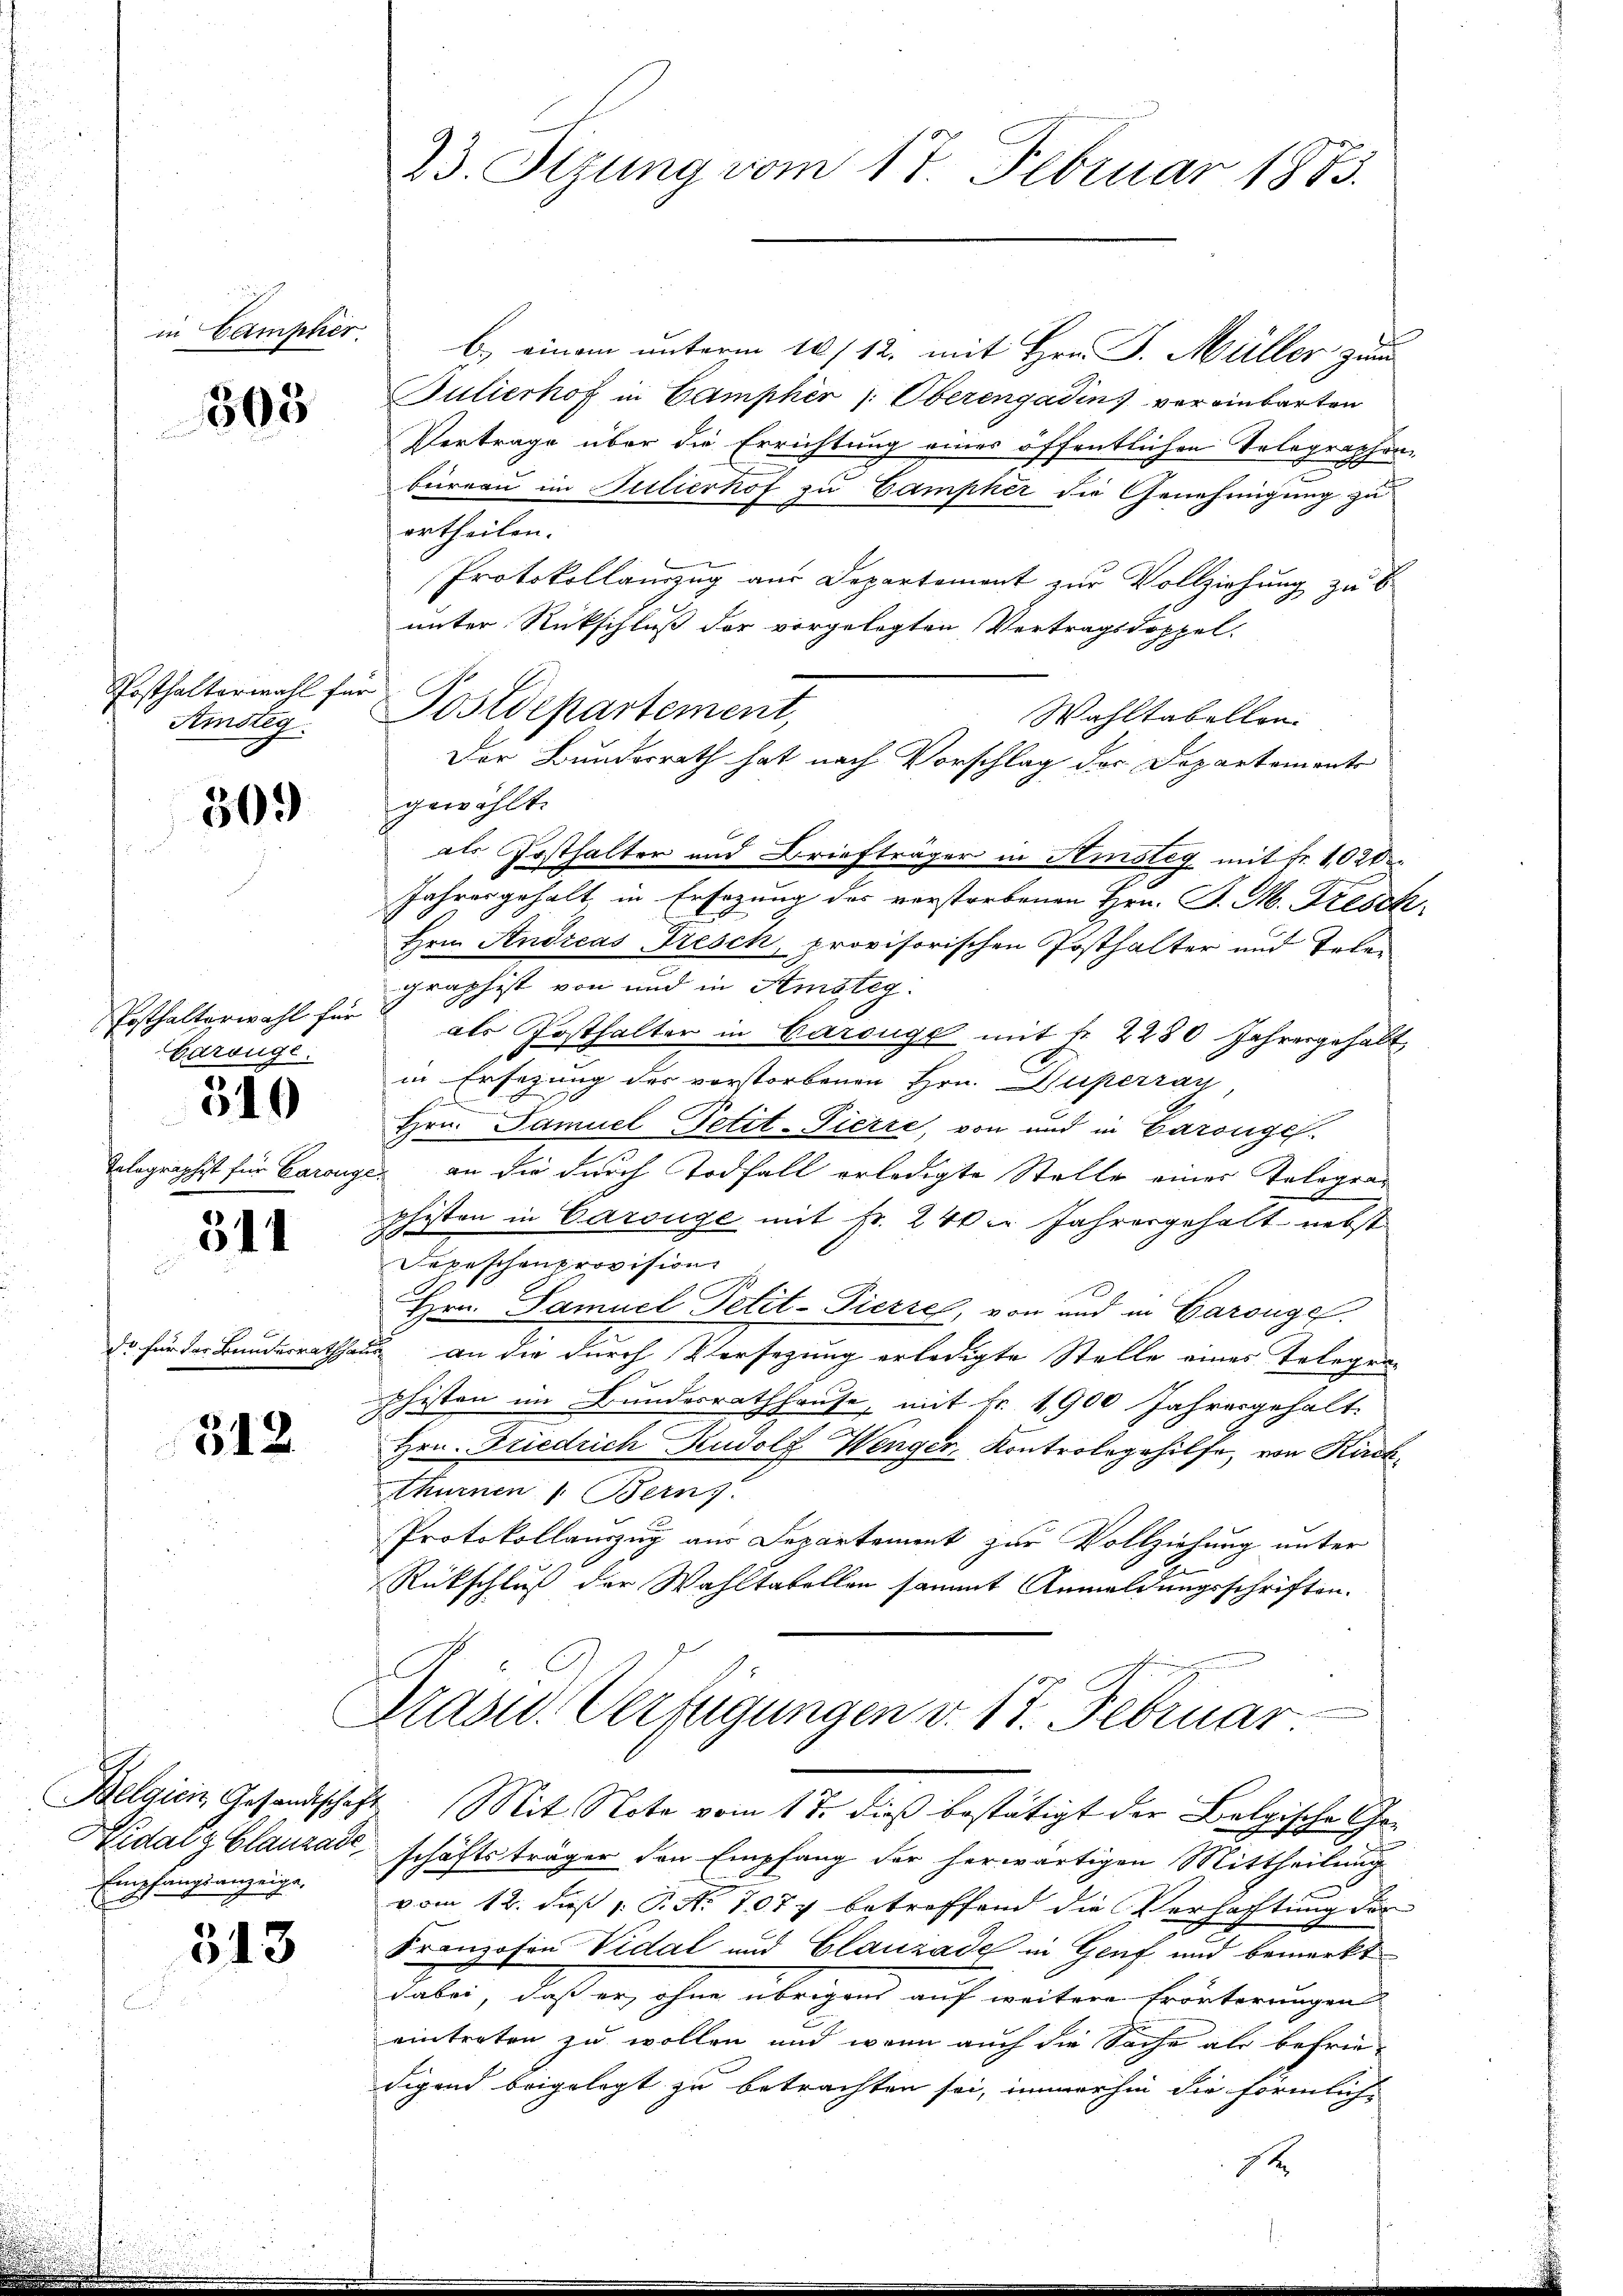
in Camphier.

303

Posthalterwahl für
Ainsteg.

50.

Posthalterwahl für
Garouge.
510

311

312

Empfangsanzeige,

313

b.) einem unterm 10/12. mit Hrn. J. Müller zum
Bulierhof in Camphir /: Oberengadin vereinbarten
Vertrage über die Errichtung eines öffentlichen Telegraphen
büreau im Sittierhof zu Campher die Genehmigung zu
ertheilen.
Protokollauszug aus Departement zur Vollziehung zu b
unter Rückschluß der vorgelegten Vertragsdoppel-
Wahltabellen.
gewählt.
als Posthalter und Briefträger in Amsteg mit Fr. 1020
Jahresgehalt, in Ersezung des verstorbenen Hrn. P. M. Tresch
Hrn. Andreas Tresch, provisorischen Posthalter und Telen
graphist von und in Amsteg.
als Posthalter in Barouge mit fr. 2280 Jahresgehabt,
in Ersezung des vorstorbenen Hrn. Duperran
e
Hrn. Samuel Petit-Pierre, von und in Garange¬
Tolographist für Carouge, an die durch Todfall erledigte Stelle eines Telegraphiston in Carouge mit Fr. 240. Jahresgehalt nebst
Depeschenprovision
Hrn. Samuel Petit-Pierrel, von und in Garougel
da für der Bundesrathhaus an die durch Versezung erledigte Stelle eines Telegraphisten im Bundesrathhause, mit Fr. 1900 Jahresgehalt
Hrn. Friedrich Rudolf Wenger, Kontrologehilfe, von Kirch
thurnen Berns
Protokollauszug aus Departement zur Vollziehung unter
Rückschluß der Wahltabellen sammt Anmeldungsschriften.
Präsid. Verfügungen v. 17. Februar

23. Stzung vom 17. Februar 1883.

Postdepartement,

Der Bundesrath hat nach Vorschlag der Departemente

Belgien Gesandtschäft. Mit Note vom 17. dieß bestätigt der Belgische Cho¬

Eidalz Clauzade, schäftsträger den Empfang der herwärtigen Mittheilung
f
vom 12. daß 1. P. Nr. 7077 betreffend die Verhaftung der
Kranzosen Vidal und Glanzade in Genf und bemerkt
dabei, daß er, ohne übrigen auf weitere Frörterungen
eintreten zu wollen und wenn auch die Sache als befriedigend beigelegt zu betrachten sei, immerhin die förmlich-
7